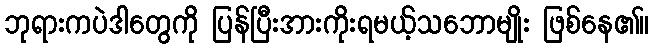
ဘုရားကပဲဒါတွေကို ပြန်ပြီးအားကိုးရမယ့်သဘောမျိုး ဖြစ်နေ၏။